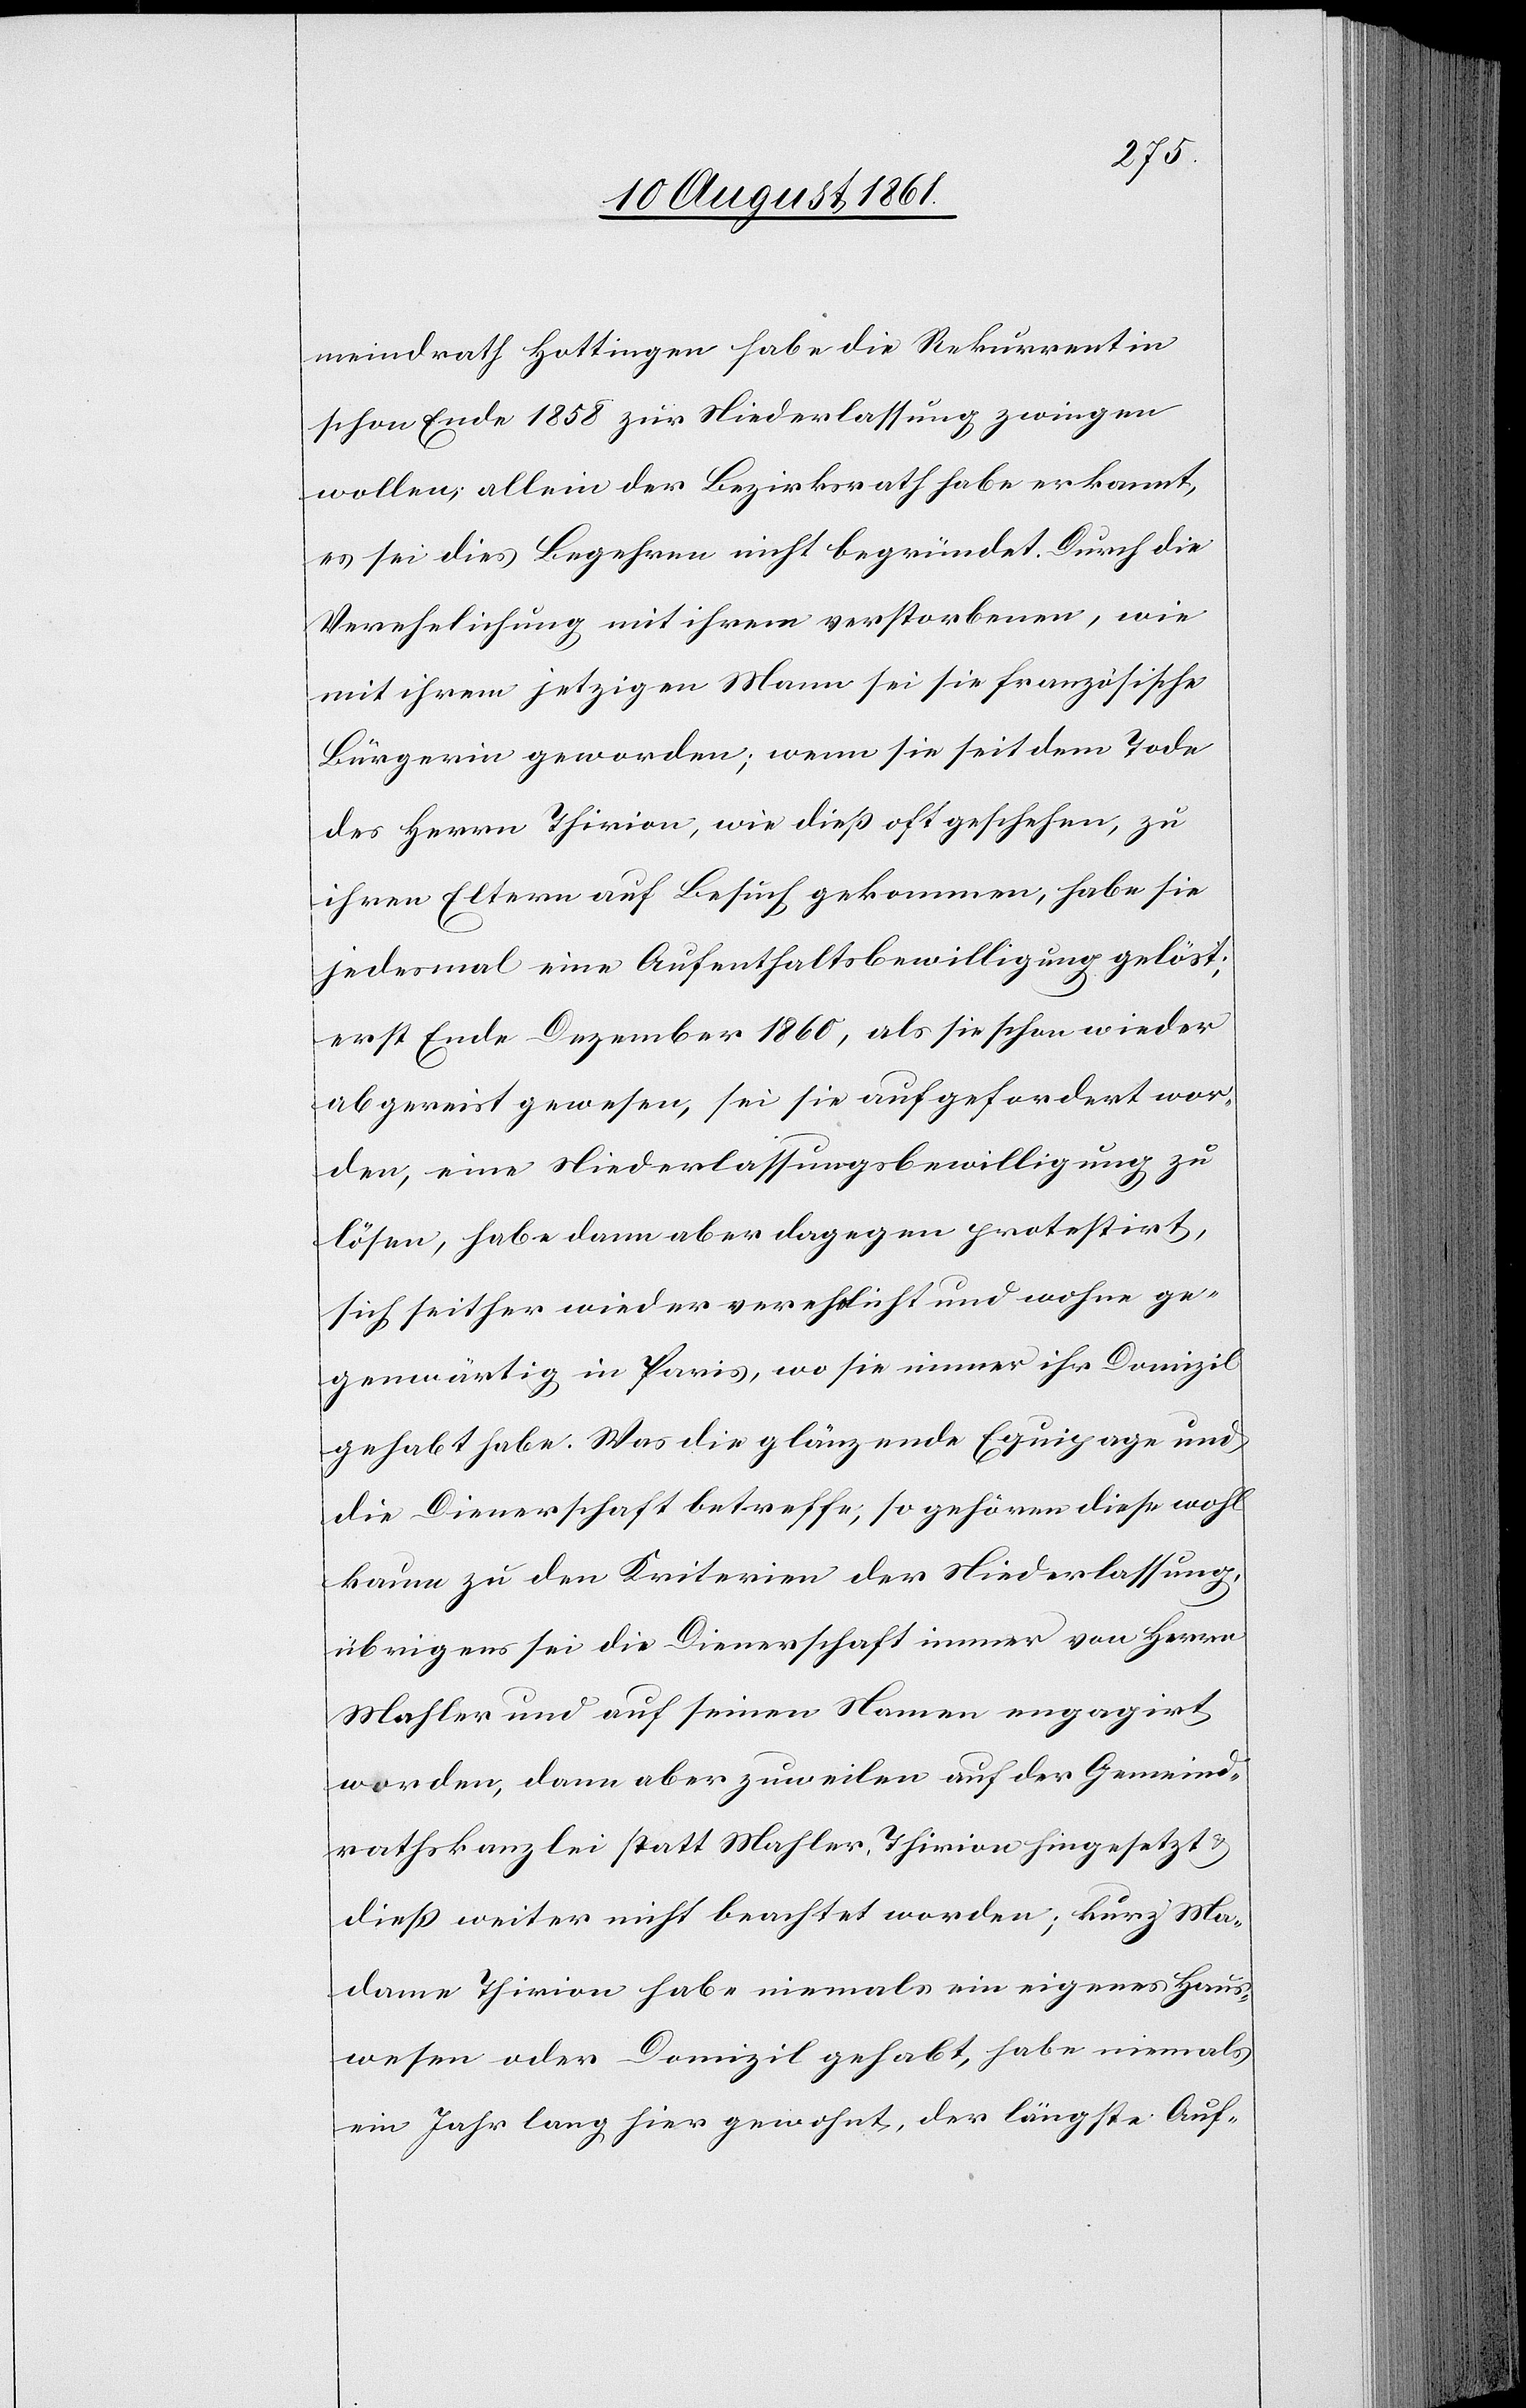
meindrath Hottingen habe die Rekurrentin
schon Ende 1858 zur Niederlassung zwingen
wollen, allein der Bezirksrath habe erkannt,
es sei dies Begehren nicht begründet. Durch die
Verehelichung mit ihrem verstorbenen, wie
mit ihrem jetzigen Mann sei sie französische
Bürgerin geworden; wenn sie seit dem Tode
des Herrn Thirion, wie dieß oft geschehen, zu
ihren Eltern auf Besuch gekommen, habe sie
jedesmal eine Aufenthaltsbewilligung gelöst;
erst Ende Dezember 1860, als sie schon wieder
abgereist gewesen, sei sie aufgefordert wor¬
den, eine Niederlaßungsbewilligung zu
lösen, habe dann aber dagegen protestirt,
sich seither wieder verehelicht und wohne ge¬
genwärtig in Paris, wo sie immer ihr Domizil
gehabt habe. Was die glänzende Equipage und
die Dienerschaft betreffe, so gehören diese wohl
kaum zu den Kriterien der Niederlassung,
übrigens sei die Dienerschaft immer von Herrn
Mahler und auf seinen Namen engagirt
worden, dann aber zuweilen auf der Gemeind¬
rathskanzlei statt Mahler, Thirion hingesetzt u.
dieß weiter nicht beachtet worden, kurz Ma¬
dame Thirion habe niemals ein eigenes Haus¬
wesen oder Domizil gehabt, habe niemals
ein Jahr lang hier gewohnt, der längste Auf-